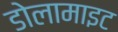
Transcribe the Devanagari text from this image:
डोलामाइट